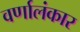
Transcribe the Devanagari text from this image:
वर्णालंकार